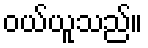
ဝယ်ယူသည်။